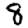
Digit: 8